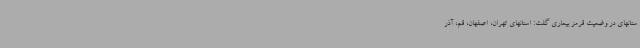
ستانهای در وضعیت قرمز بیماری گفت: استانهای تهران، اصفهان، قم، آذر